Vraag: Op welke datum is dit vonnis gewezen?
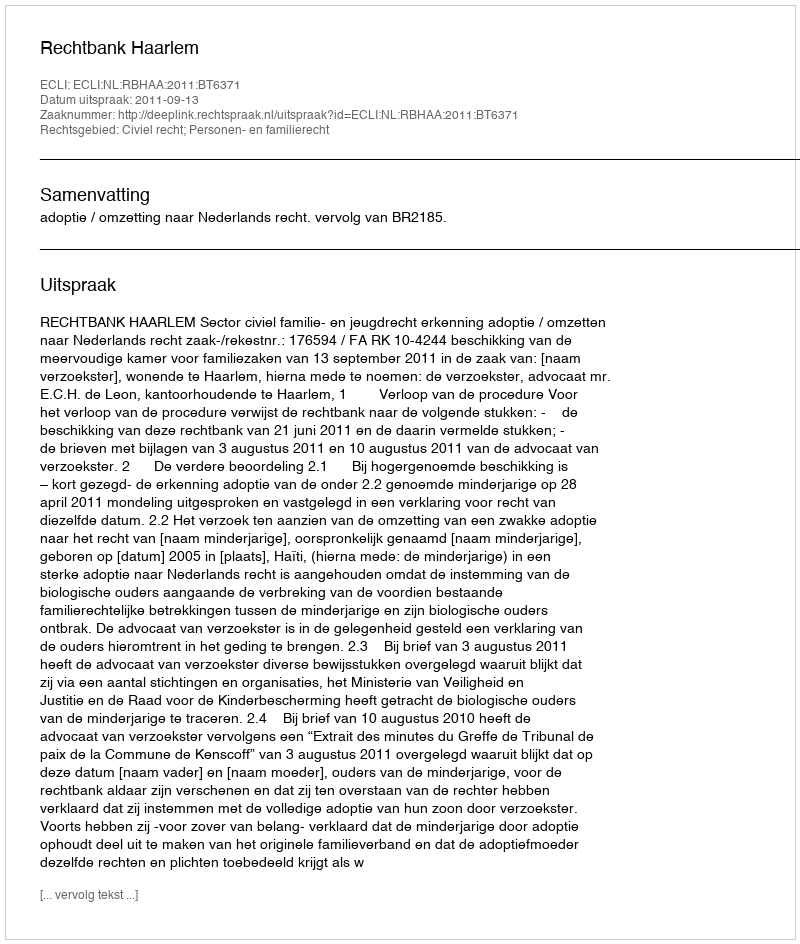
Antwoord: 2011-09-13